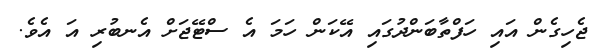
ޖެހިގެން އައި ހަފްތާބަންދުގައި އޭކަން ހަމަ އެ ސްޓޭޖަށް އެނބުރި އަ އެވެ.